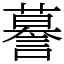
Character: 謩